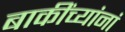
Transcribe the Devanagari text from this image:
बाकींच्यांनां